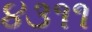
૪૩૧૧